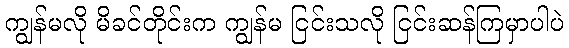
ကျွန်မလို မိခင်တိုင်းက ကျွန်မ ငြင်းသလို ငြင်းဆန်ကြမှာပါပဲ